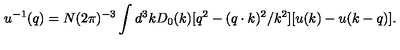
u ^ { - 1 } ( q ) = N ( 2 \pi ) ^ { - 3 } \int d ^ { 3 } k D _ { 0 } ( k ) [ q ^ { 2 } - ( q \cdot k ) ^ { 2 } / k ^ { 2 } ] [ u ( k ) - u ( k - q ) ] \mathrm { . }